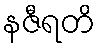
နဇီရတိ